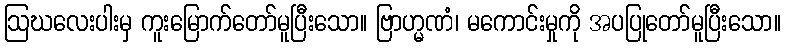
ဩဃလေးပါးမှ ကူးမြောက်တော်မူပြီးသော။ ဗြာဟ္မဏံ၊ မကောင်းမှုကို အပပြုတော်မူပြီးသော။